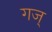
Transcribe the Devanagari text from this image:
गज्